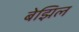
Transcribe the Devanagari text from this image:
बेझिल